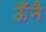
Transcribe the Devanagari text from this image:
ऊँनै